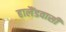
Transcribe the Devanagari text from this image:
हालैंडवासी